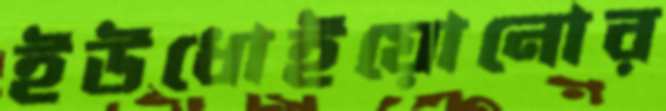
ইউধোইয়োনোর